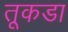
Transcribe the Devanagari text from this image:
तूकडा